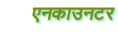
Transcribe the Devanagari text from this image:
एनकाउनटर